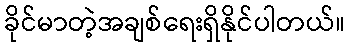
ခိုင်မာတဲ့အချစ်ရေးရှိနိုင်ပါတယ်။